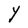
Character: Y